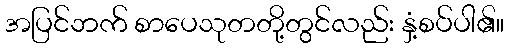
အပြင်ဘက် စာပေသုတတို့တွင်လည်း နှံ့စပ်ပါ၏။